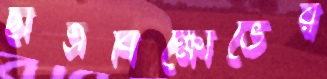
ছাত্রবিক্ষোভের